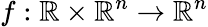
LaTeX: f:\mathbb{R}\times\mathbb{R}^{n}\rightarrow\mathbb{R}^{n}